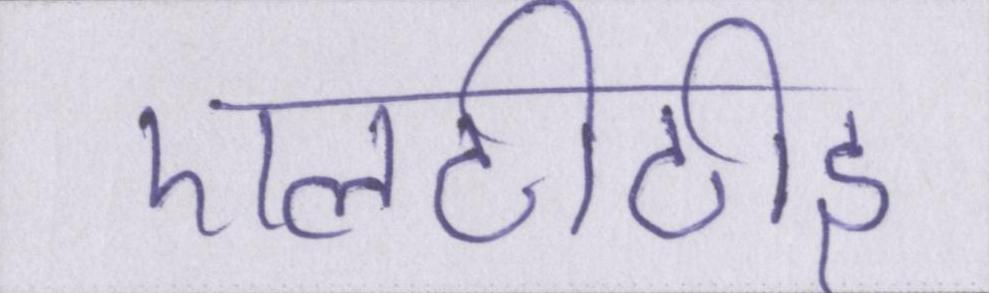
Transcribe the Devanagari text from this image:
एलटीटीइ